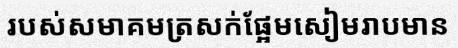
របស់សមាគមត្រសក់ផ្អែមសៀមរាបមាន